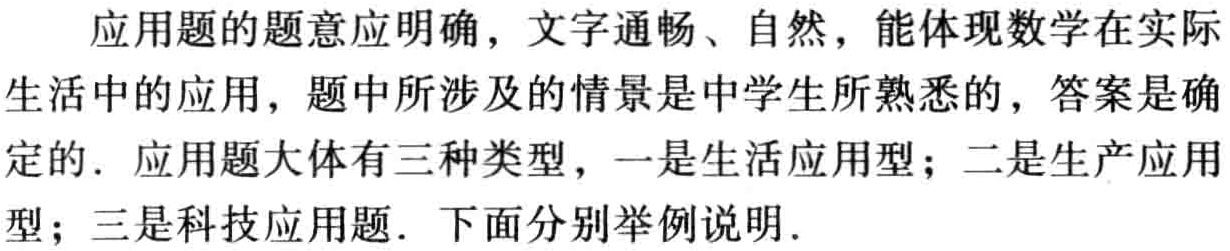
应用题的题意应明确，文字通畅、自然，能体现数学在实际生活中的应用，题中所涉及的情景是中学生所熟悉的，答案是确定的. 应用题大体有三种类型，一是生活应用型；二是生产应用型；三是科技应用题. 下面分别举例说明.